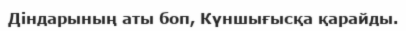
Діндарының аты боп, Күншығысқа қарайды.